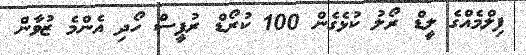
ފިލްމެއްގެ ލީޑް ރޯލު ކުޅެގެން 100 ކުރޯޑް ރުޕީސް ހޯދި އެންމެ ޒުވާން